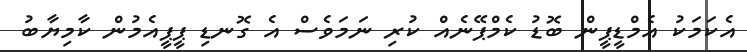
އެކަމަކު އެމްޑީޕީން ބޮޑު ކެމްޕޭނެއް ކުރި ނަމަވެސް އެ ގޮނޑި ޕީޕީއެމުން ކާމިޔާބު